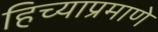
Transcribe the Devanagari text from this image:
हिच्याप्रमाणे